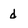
Character: d